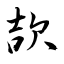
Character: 欯